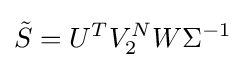
{\tilde {S}}=U^{T}V_{2}^{N}W\Sigma ^{-1}